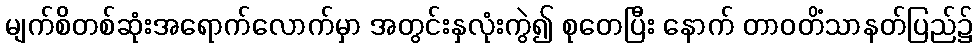
မျက်စိတစ်ဆုံးအရောက်လောက်မှာ အတွင်းနှလုံးကွဲ၍ စုတေပြီး နောက် တာဝတိံသာနတ်ပြည်၌